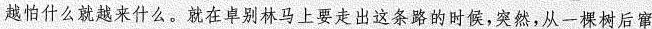
越怕什么就越来什么。就在卓别林马上要走出这条路的时候，突然，从一棵树后窜